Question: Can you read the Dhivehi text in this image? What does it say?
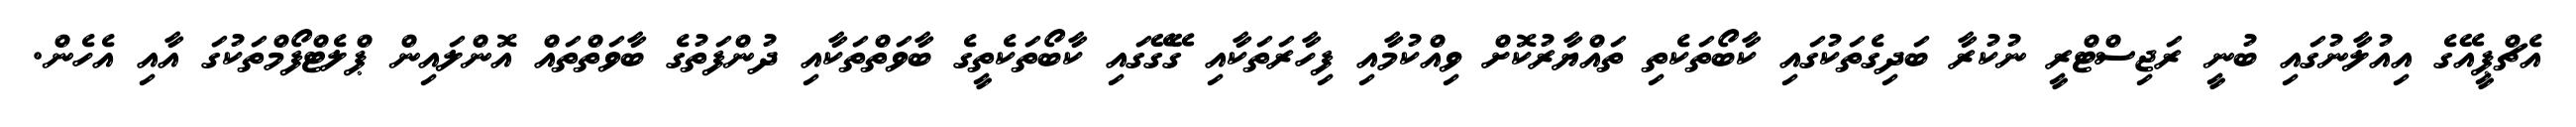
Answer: އެޗްޕީއޭގެ އިއުލާނުގައި ބުނީ ރަޖިސްޓްރީ ނުކުރާ ބަދިގެތަކުގައި ކާބޯތަކެތި ތައްޔާރުކޮށް ވިއްކުމާއި ފިހާރަތަކާއި ގޭގޭގައި ކާބޯތަކެތީގެ ބާވަތްތަކާއި ދުންފަތުގެ ބާވަތްތައް އޮންލައިން ޕްލެޓްފޯމްތަކުގަ އާއި އެހެން.